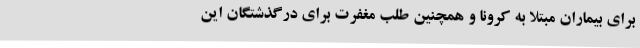
برای بیماران مبتلا به کرونا و همچنین طلب مغفرت برای درگذشتگان این